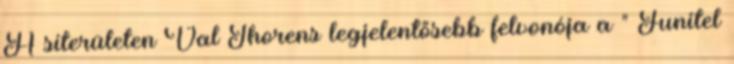
A síterületen Val Thorens legjelentősebb felvonója a " Funitel